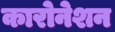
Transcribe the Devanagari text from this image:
कारोनेशन